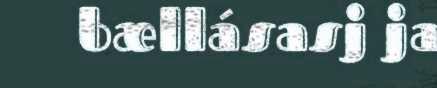
bællásasj ja